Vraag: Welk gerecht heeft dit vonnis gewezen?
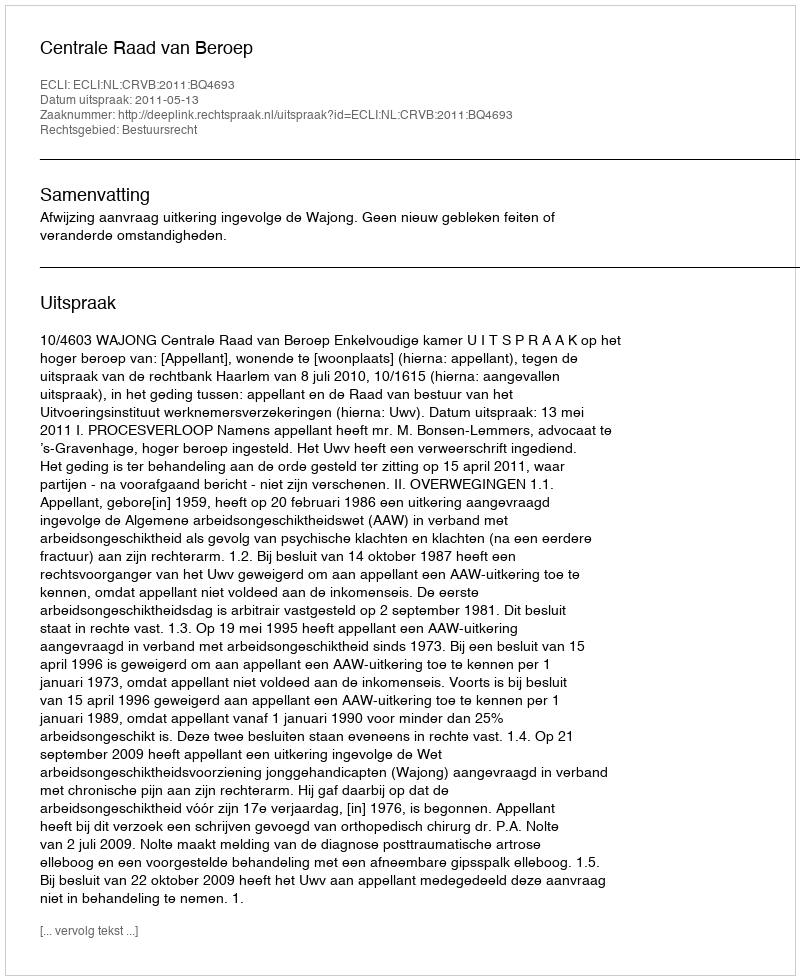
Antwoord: Centrale Raad van Beroep